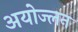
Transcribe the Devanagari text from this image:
अयोज्लन